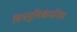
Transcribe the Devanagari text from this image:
वितंतुविकंपनित्र